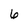
Character: 6